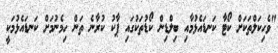
"ވެހިކަލްތަކަށް ކޯޓާ ކަނޑައެޅުމާއި ބިލްޑިން ކޯޑުތަކުގައި ޕާކު ކުރާނެ ތަން ހިމެނުމަށް ކަނޑައެޅުމަކީ